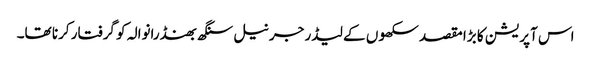
اس آپریشن کا بڑا مقصد سکھوں کے لیڈر جرنیل سنگھ بھنڈرانوالہ کو گرفتار کرنا تھا۔